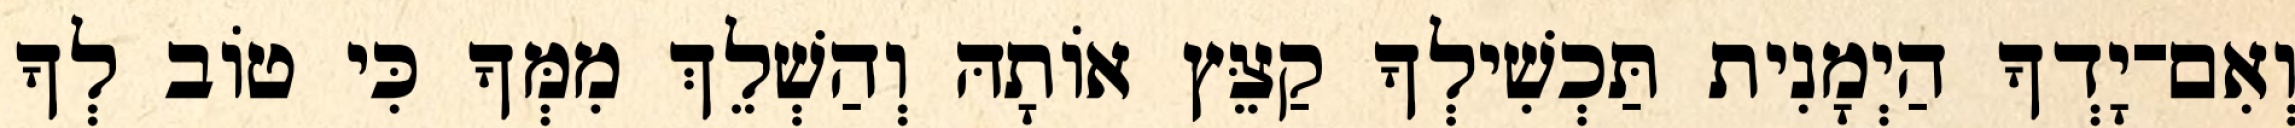
וְאִם־יָדְךָ הַיְמָנִית תַּכְשִׁילְךָ קַצֵּץ אוֹתָהּ וְהַשְׁלֵךְ מִמְּךָ כִּי טוֹב לְךָ